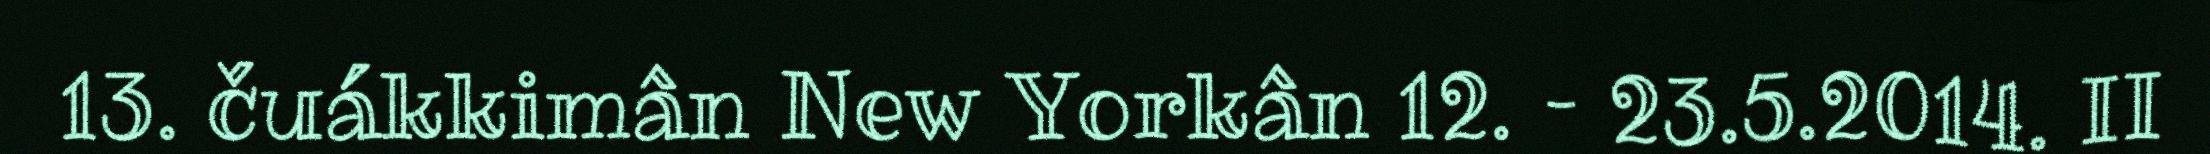
13. čuákkimân New Yorkân 12. – 23.5.2014. II